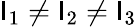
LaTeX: \mathsf{I}_{1}\neq\mathsf{I}_{2}\neq\mathsf{I}_{3}